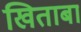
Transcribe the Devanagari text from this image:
खिताबा